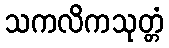
သကလိကသုတ္တံ